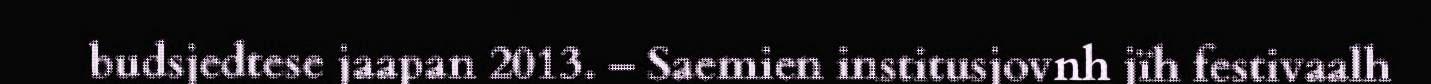
budsjedtese jaapan 2013. – Saemien institusjovnh jïh festivaalh